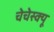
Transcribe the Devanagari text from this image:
चेचेस्क्यू